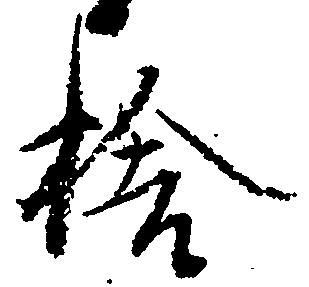
捨